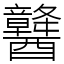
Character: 䤗